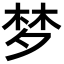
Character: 梦